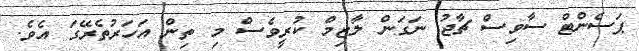
ޕަސެންޓް ސާވިސް ޗާޖު ނަގަން ލާޒިމް ކުރީވެސް މި ތިން އަހަރުތެރޭގަ އެވެ.